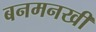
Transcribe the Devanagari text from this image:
बनमनखी